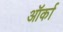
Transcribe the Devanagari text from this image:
ऑर्का